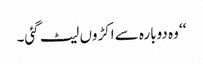
‘‘ و ہ دوبارہ سے اکڑوں لیٹ گئی۔